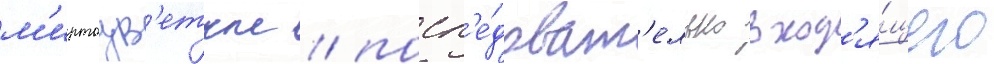
м'иртоцв'етные / посл'е́доват'ельно вход'я́щего